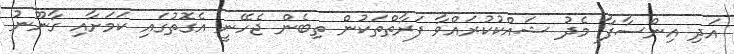
އަދި އިންސާފާ މެދު ޝައްކުކުރައްވާ ފަރާތްތަކުން ތިބެން ޖެހޭނީ އެގޮތުގައި ކަމަށާއި ގާނޫނު